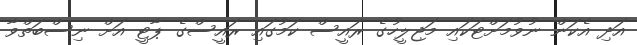
އަދި އެކަން ނުވުމަށްޓަކައި މަޖިލީހުގެ ރައީސް ކަމުގައި ރައީސްގެ ޕާޓީ އަށް ނިސްބަތްވާ